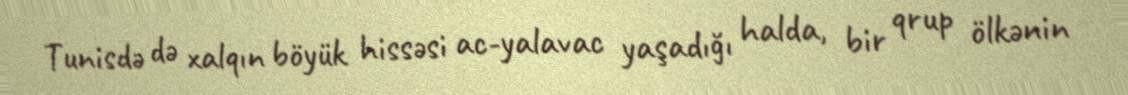
Tunisdə də xalqın böyük hissəsi ac-yalavac yaşadığı halda, bir qrup ölkənin